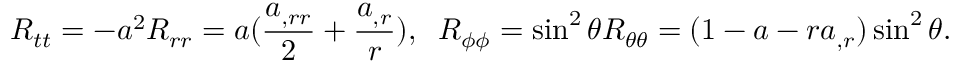
R _ { t t } = - a ^ { 2 } R _ { r r } = a ( \frac { a _ { , r r } } { 2 } + \frac { a _ { , r } } { r } ) , \; \; R _ { \phi \phi } = \sin ^ { 2 } \theta R _ { \theta \theta } = ( 1 - a - r a _ { , r } ) \sin ^ { 2 } \theta .